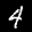
Label: 4